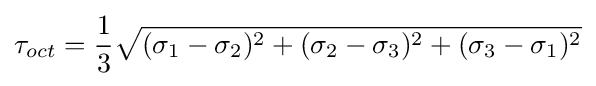
\tau _{oct}={\frac {1}{3}}{\sqrt {(\sigma _{1}-\sigma _{2})^{2}+(\sigma _{2}-\sigma _{3})^{2}+(\sigma _{3}-\sigma _{1})^{2}}}